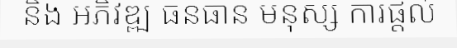
និង អភិវឌ្ឍ ធនធាន មនុស្ស ការផ្តល់